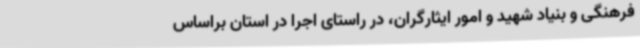
فرهنگی و بنیاد شهید و امور ایثارگران، در راستای اجرا در استان براساس